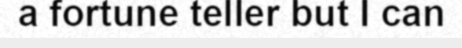
a fortune teller but I can